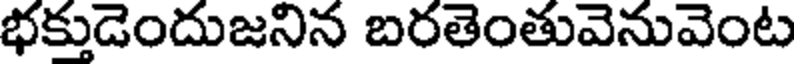
భక్తుడెందుజనిన బరతెంతువెనువెంట